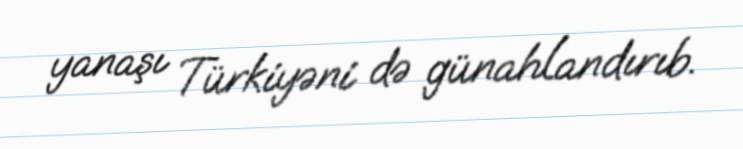
yanaşı Türkiyəni də günahlandırıb.